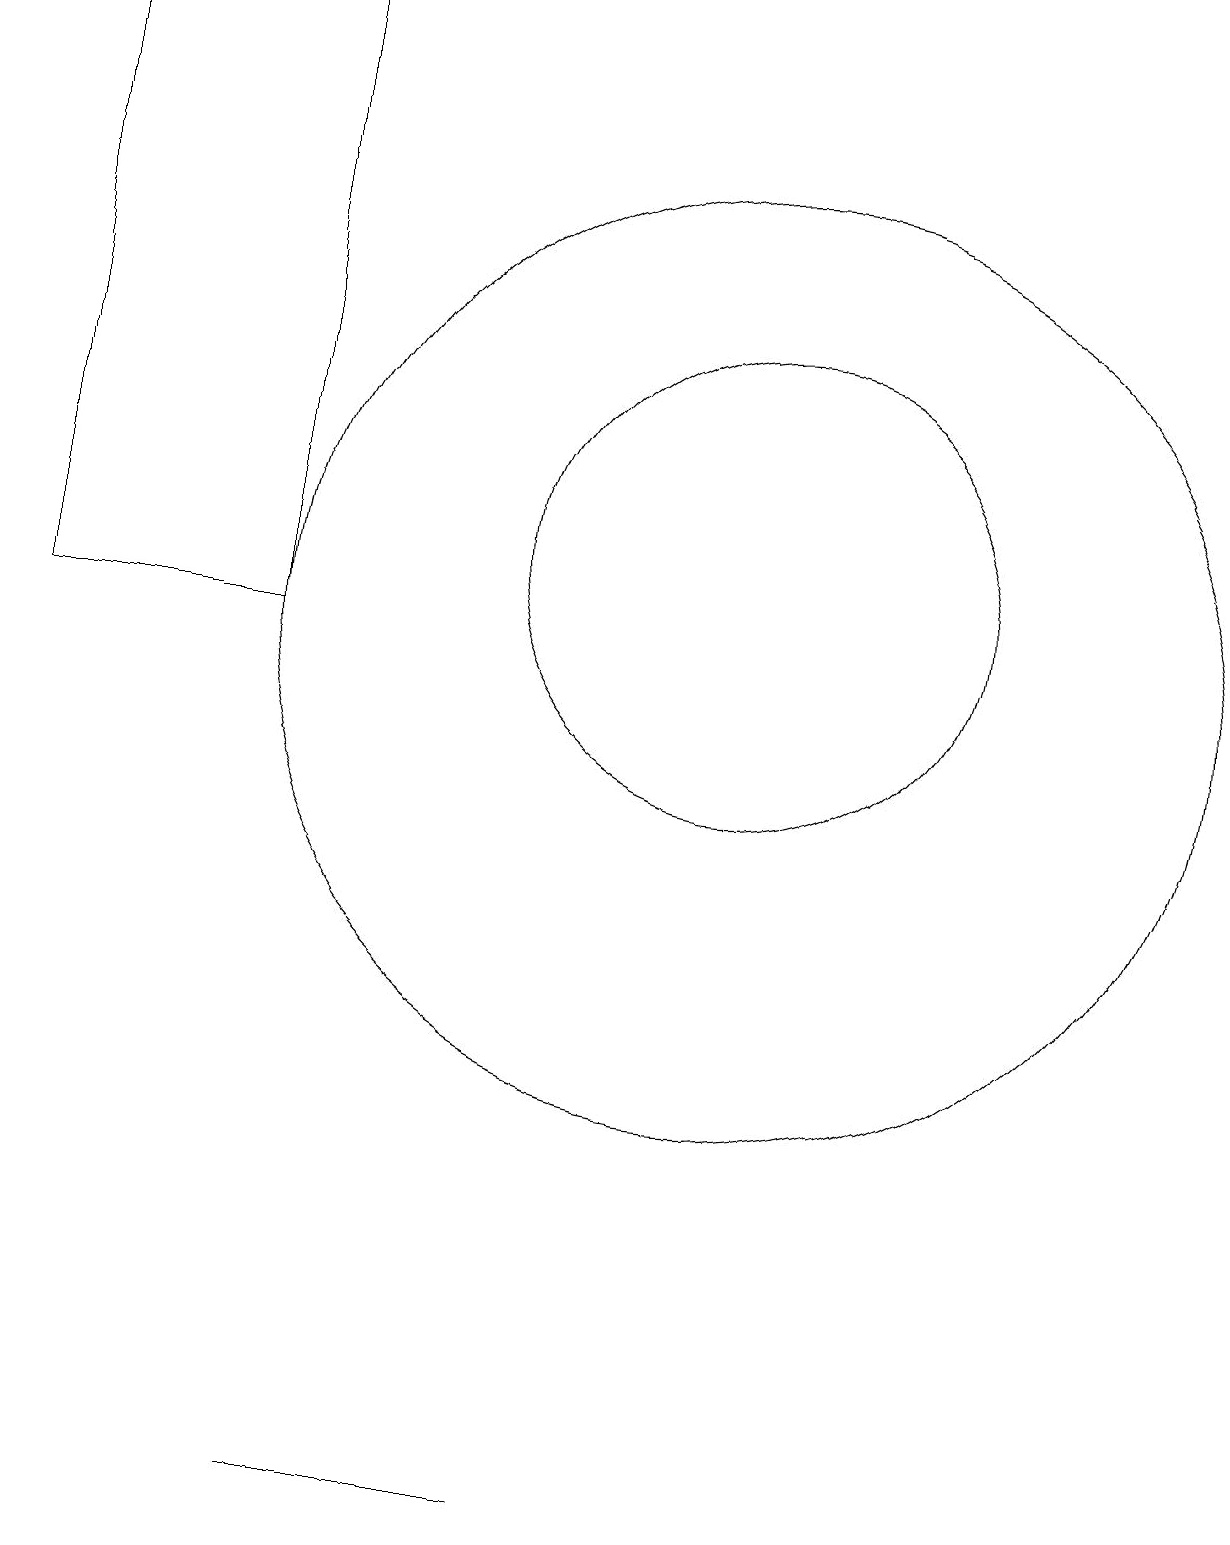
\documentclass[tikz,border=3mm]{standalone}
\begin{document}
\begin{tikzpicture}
\draw (10,12) circle (3);
\draw (10,11) circle (6);
\draw (4,11) rectangle (1,19);
\draw (7,0) -- (8,0) -- (5,0) -- cycle;
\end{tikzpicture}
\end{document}